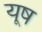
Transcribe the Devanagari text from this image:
यूष